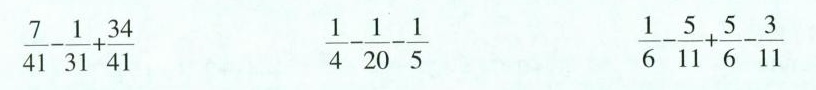
$$\frac{ 7 } { 4 1 } - \frac{ 1 } { 3 1 } + \frac{ 3 4 } { 4 1 } $$ $$\frac{ 1 } { 4 } - \frac{ 1 } { 2 0 } - \frac{ 1 } { 5 } $$ $$\frac{ 1 } { 6 } - \frac{ 5 } { 1 1 } + \frac{ 5 } { 6 } - \frac{ 3 } { 1 1 }$$